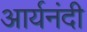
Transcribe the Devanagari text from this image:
आर्यनंदी